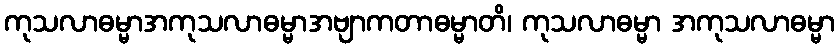
ကုသလာဓမ္မာအကုသလာဓမ္မာအဗျာကတာဓမ္မာတိ၊ ကုသလာဓမ္မာ အကုသလာဓမ္မာ